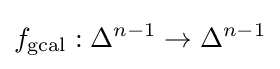
f_{\text{gcal}}:\Delta ^{n-1}\to \Delta ^{n-1}